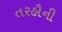
તરહૌની